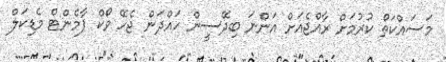
މަސައްކަތް ކުރުމަށް ރާއްޖެއަށް އަންނަ ބިދޭސީން ހައްދަން ޖެހޭ ވޯކް ޕާމެންޓް މެޑިކަލް